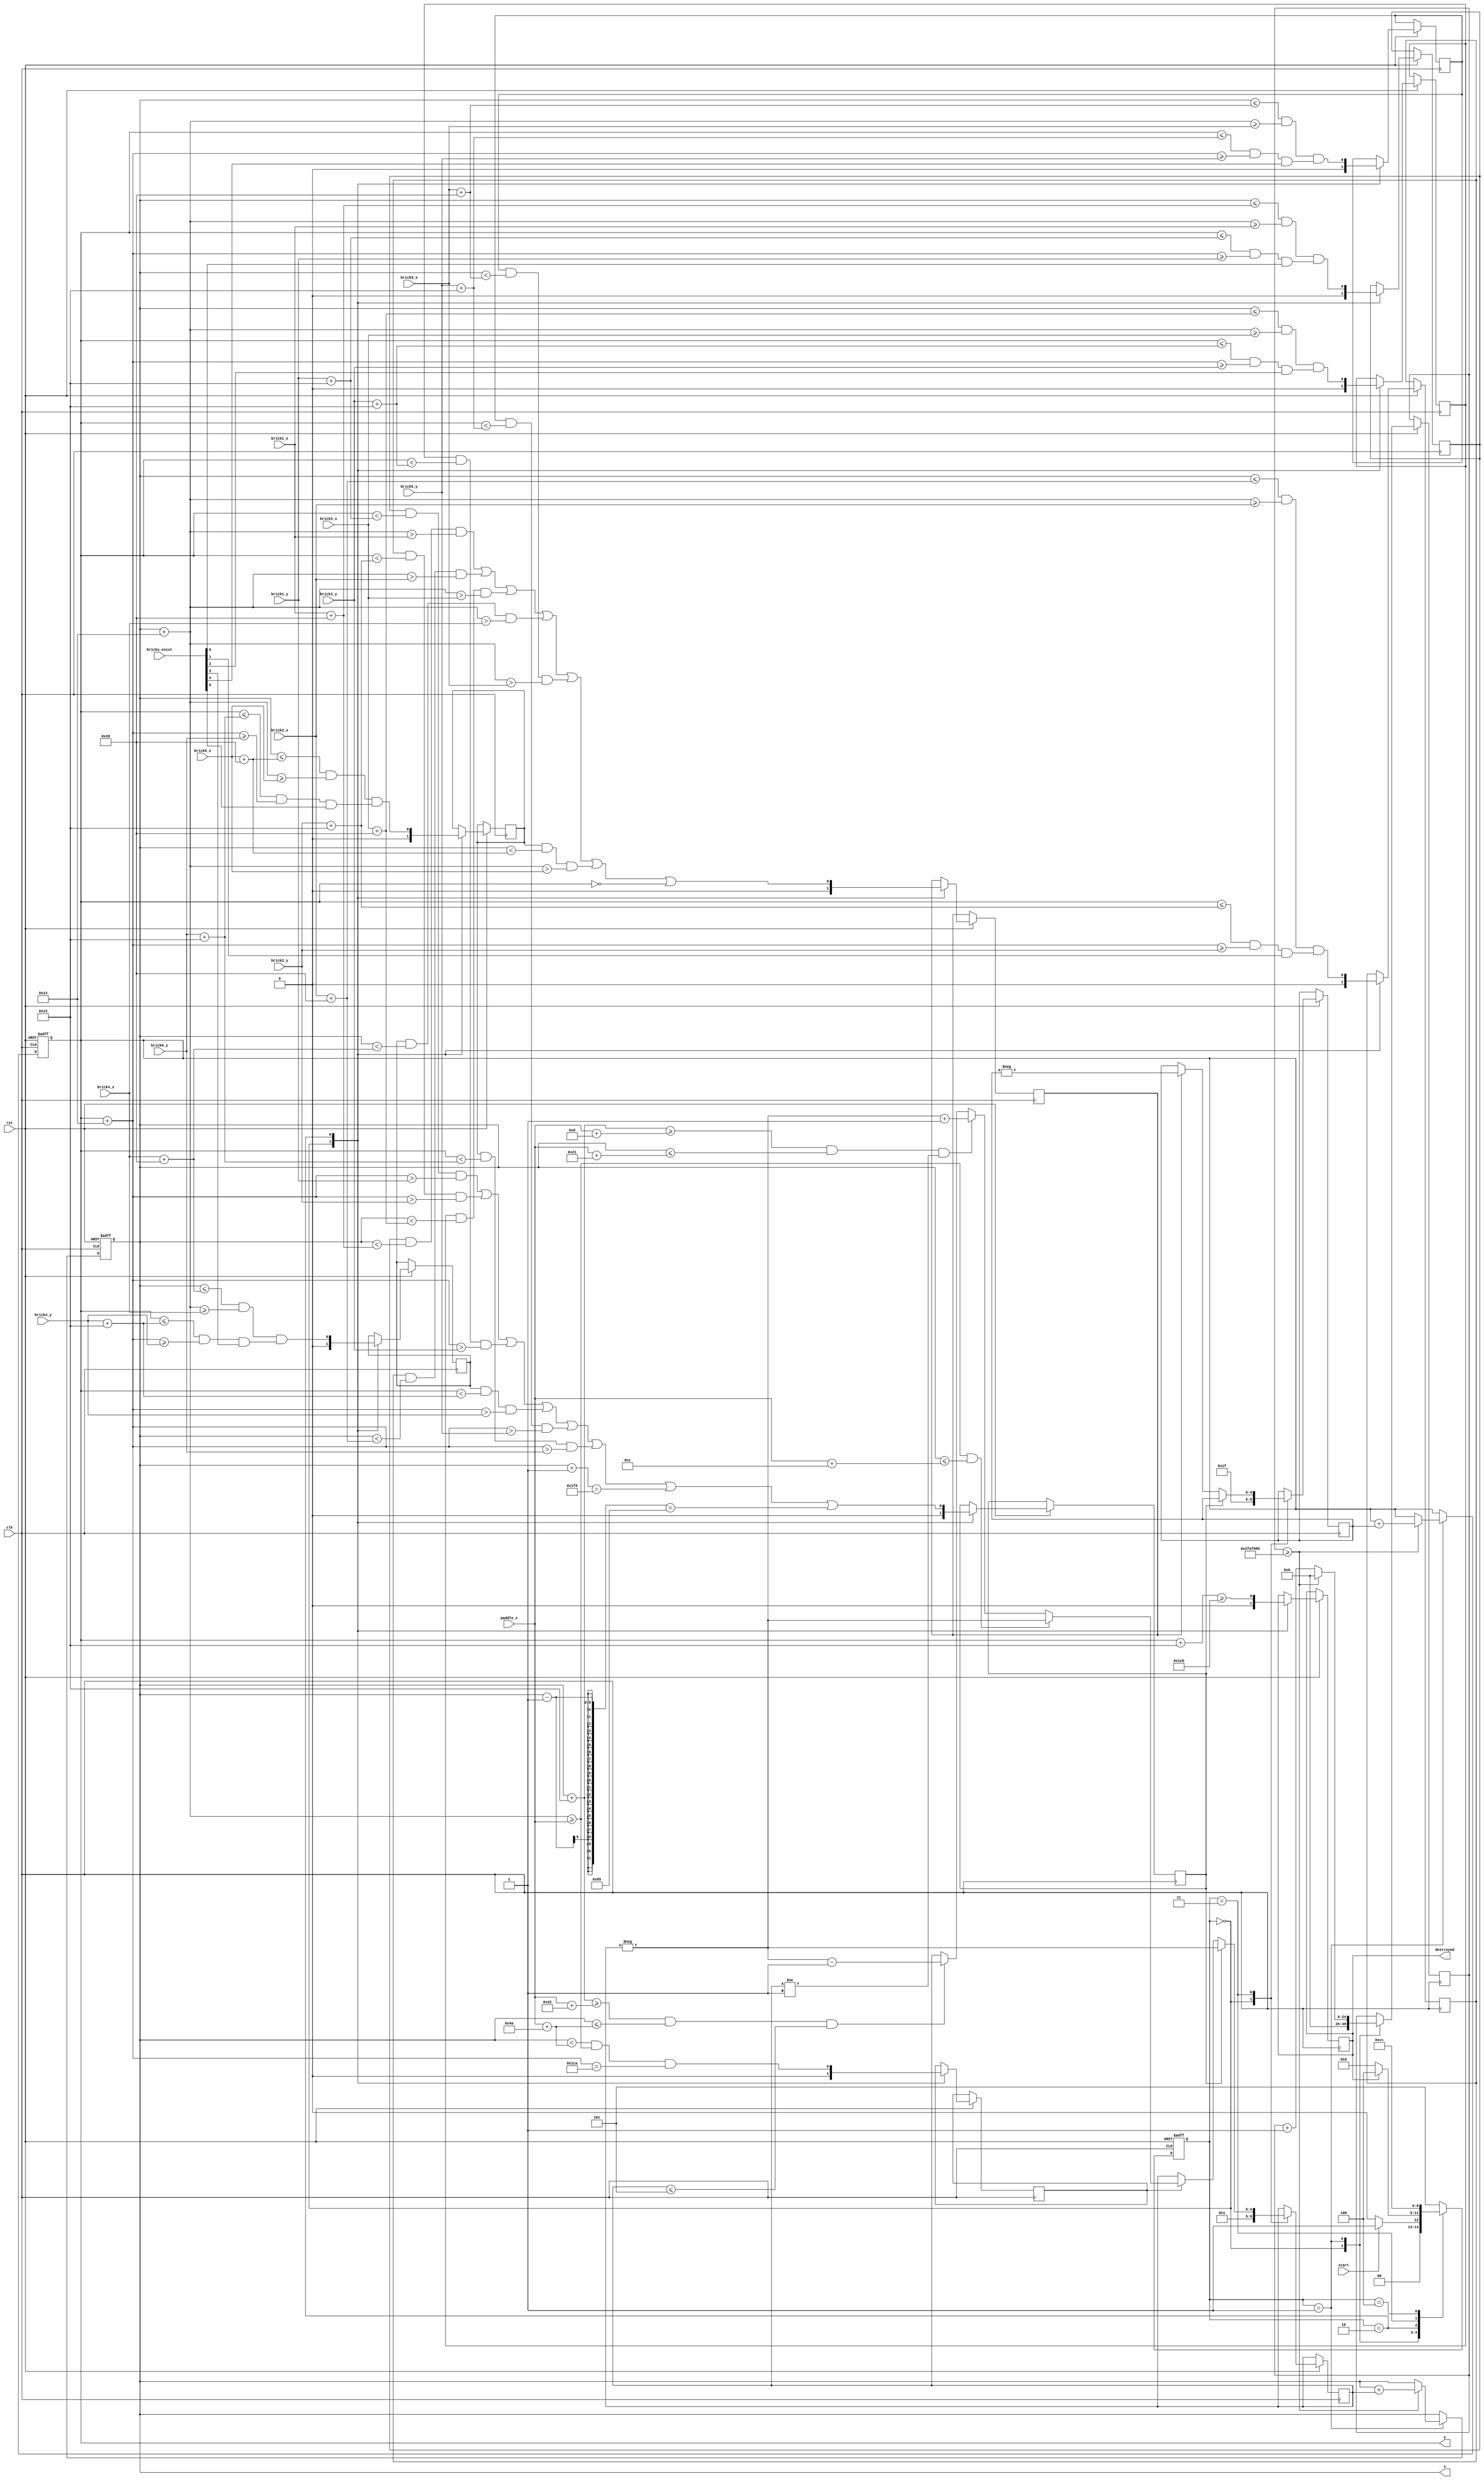
module ball (
    input clk,
    input rst,
	 input start,
	 input wire [8:0] paddle_x,
    input wire [8:0] brick1_x,
    input wire [8:0] brick1_y,
	 input wire [8:0] brick2_x,
    input wire [8:0] brick2_y,
	 input wire [8:0] brick3_x,
    input wire [8:0] brick3_y,
	 input wire [8:0] brick4_x,
    input wire [8:0] brick4_y,
	 input wire [8:0] brick5_x,
    input wire [8:0] brick5_y,
	 input wire [8:0] brick6_x,
    input wire [8:0] brick6_y,
	 input wire [5:0] bricks_exist,
    output reg [8:0] x,
    output reg [8:0] y,
	 output reg destroyed
);


reg [2:0] s;
reg [2:0] ns;
reg [24:0] delay;

reg brick1;
reg brick2;
reg brick3;
reg brick4;
reg brick5;
reg brick6;

reg top_bottom;
reg left_right;
reg paddle;
// reg corner;

reg [4:0] dx;
reg [4:0] dy;

parameter START = 0,
			MOVE = 1,
			COLLIDE = 2,
			BOUNCE = 3,
			DESTROYED = 4,
			ERROR = 5;
			
parameter delay_done = 50000000;

always@(posedge clk or negedge rst)
begin
	if (rst == 1'b0)
		s <= START;
	else
		s <= ns;
end

always@(*)
begin
	case(s)
		START:
		begin
			if (start == 1'b1)
				ns = MOVE;
			else 
				ns = START;
		end
		MOVE:
		begin
			if (destroyed == 1'b1)
				ns = DESTROYED;
			else
				ns = COLLIDE;
		end
		COLLIDE: ns = BOUNCE;
		BOUNCE: ns = MOVE;
		DESTROYED: ns = DESTROYED;
		default: ns = ERROR;
	endcase
end

always@(posedge clk or negedge rst)
begin
	if (rst == 1'b0)
	begin
		x <= 309;
		y <= 435;
	end
	else
	begin
		case(s)
			START:
			begin
				paddle <= 0;
				brick1 <= 0;
				brick2 <= 0;
				brick3 <= 0;
				brick4 <= 0;
				brick5 <= 0;
				brick6 <= 0;
				top_bottom <= 0;
				left_right <= 0;
				dx <= 1;
				dy <= -1;
				delay <= 0;
				destroyed <= 0;
			end
			MOVE:
			begin
				if (delay >= delay_done)
				begin
					x <= x + dx;
					y <= y + dy;
					delay <= 0;
				end
				else
					delay <= delay + 1;
			end
			COLLIDE:
			begin
				destroyed <= (y + 19 >= 459);
				
				paddle <= (x < paddle_x + 74) && (x + 20 >= paddle_x) && (y + 20 == 458);
				
				brick1 <= ((x <= brick1_x + 57) && (x + 20 >= brick1_x)) && ((y <= brick1_y + 19) && (y + 20 >= brick1_y) && bricks_exist[0]);
				brick2 <= ((x <= brick2_x + 57) && (x + 20 >= brick2_x)) && ((y <= brick2_y + 19) && (y + 20 >= brick2_y) && bricks_exist[1]);
				brick3 <= ((x <= brick3_x + 57) && (x + 20 >= brick3_x)) && ((y <= brick3_y + 19) && (y + 20 >= brick3_y) && bricks_exist[2]);
				brick4 <= ((x <= brick4_x + 57) && (x + 20 >= brick4_x)) && ((y <= brick4_y + 19) && (y + 20 >= brick4_y) && bricks_exist[3]);
				brick5 <= ((x <= brick5_x + 57) && (x + 20 >= brick5_x)) && ((y <= brick5_y + 19) && (y + 20 >= brick5_y) && bricks_exist[4]);
				brick6 <= ((x <= brick6_x + 57) && (x + 20 >= brick6_x)) && ((y <= brick6_y + 19) && (y + 20 >= brick6_y) && bricks_exist[5]);
				
				left_right <= (brick1 && (y < brick1_y + 19) && (y + 20 > brick1_y)) ||
							(brick2 && (y < brick2_y + 19) && (y + 20 > brick2_y)) ||
							(brick3 && (y < brick3_y + 19) && (y + 20 > brick3_y)) || 
							(brick4 && (y < brick4_y + 19) && (y + 20 > brick4_y)) ||
							(brick5 && (y < brick5_y + 19) && (y + 20 > brick5_y)) ||
							(brick6 && (y < brick6_y + 19) && (y + 20 > brick6_y)) ||
							(x + 1 == 505) || (x - 1 == 133);

				top_bottom <= (brick1 && (x < brick1_x + 57) && (x + 20 > brick1_x)) ||
							(brick2 && (x < brick2_x + 57) && (x + 20 > brick2_x)) ||
							(brick3 && (x < brick3_x + 57) && (x + 20 > brick3_x)) ||
							(brick4 && (x < brick4_x + 57) && (x + 20 > brick4_x)) ||
							(brick5 && (x < brick5_x + 57) && (x + 20 > brick5_x)) ||
							(brick6 && (x < brick6_x + 57) && (x + 20 > brick6_x)) ||
							(y == 0);
				
				/*corner <= ((y == brick1_y + 19) && (y + 20 == brick1_y) && (x == brick1_x + 57) && (x + 20 == brick1_x)) ||
							((y == brick2_y + 19) && (y + 20 == brick2_y) && (x == brick2_x + 57) && (x + 20 == brick2_x)) ||
							((y == brick3_y + 19) && (y + 20 == brick3_y) && (x == brick3_x + 57) && (x + 20 == brick3_x)) ||
							((y == brick4_y + 19) && (y + 20 == brick4_y) && (x == brick4_x + 57) && (x + 20 == brick4_x)) ||
							((y == brick5_y + 19) && (y + 20 == brick5_y) && (x == brick5_x + 57) && (x + 20 == brick5_x)) ||
							((y == brick6_y + 19) && (y + 20 == brick6_y) && (x == brick6_x + 57) && (x + 20 == brick6_x)); */
			end
			BOUNCE:
			begin
				if (paddle == 1'b1)
				begin
					if (x + 20 >= paddle_x && x <= paddle_x + 12)
						dx <= -dx;
					else if (x + 19 >= paddle_x + 13 && x <= paddle_x + 33 && dx != 1)
						dx <= -dx + 1;
					else if (x + 19 >= paddle_x + 34 && x <= paddle_x + 74 && dx <= 5)
						dx <= -dx - 1;
				end
				
				if (left_right == 1'b1)
					dx <= -dx;
				else if (top_bottom == 1'b1)
					dy <= -dy;
			end
		endcase
	end
end

/*always@(*)
begin
	bricks_exist[0] = brick1;
	bricks_exist[1] = brick2;
	bricks_exist[2] = brick3;
	bricks_exist[3] = brick4;
	bricks_exist[4] = brick5;
	bricks_exist[5] = brick6;
end*/

endmodule